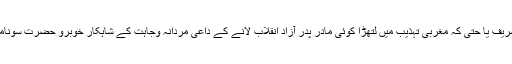
بلاول کے بعد اگلا قرعہء عشق حمزہ شہباز شریف یا حتی کہ مغربی تہذیب میں لتھڑا کوئی مادر پدر آزاد انقلاب لانے کے داعی مردانہ وجاہت کے شاہکار خوبرو حضرت سونامی خان صاحب کے نام بھی تو نکل سکتا ہے ۔